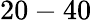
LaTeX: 20-40